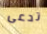
تدعى